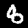
Digit: 8